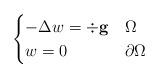
LaTeX: \begin{align*} \begin{cases} -\Delta w=\div {\mathbf g} &\Omega\\ w=0 &\partial \Omega\end{cases}\end{align*}